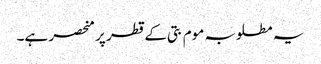
یہ مطلوبہ موم بتی کے قطر پر منحصر ہے۔